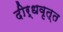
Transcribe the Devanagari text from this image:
दीर्धवृत्त